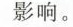
影响。